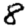
Digit: 8